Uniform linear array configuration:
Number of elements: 16
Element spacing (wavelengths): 0.75
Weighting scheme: kaiser
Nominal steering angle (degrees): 30
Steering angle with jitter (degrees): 31.724
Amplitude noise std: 0.05
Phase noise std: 0.05

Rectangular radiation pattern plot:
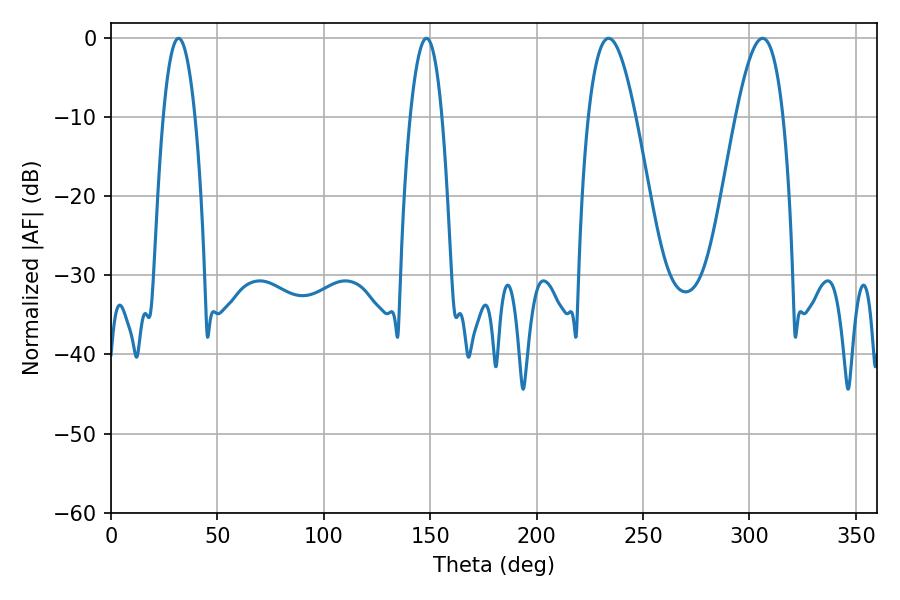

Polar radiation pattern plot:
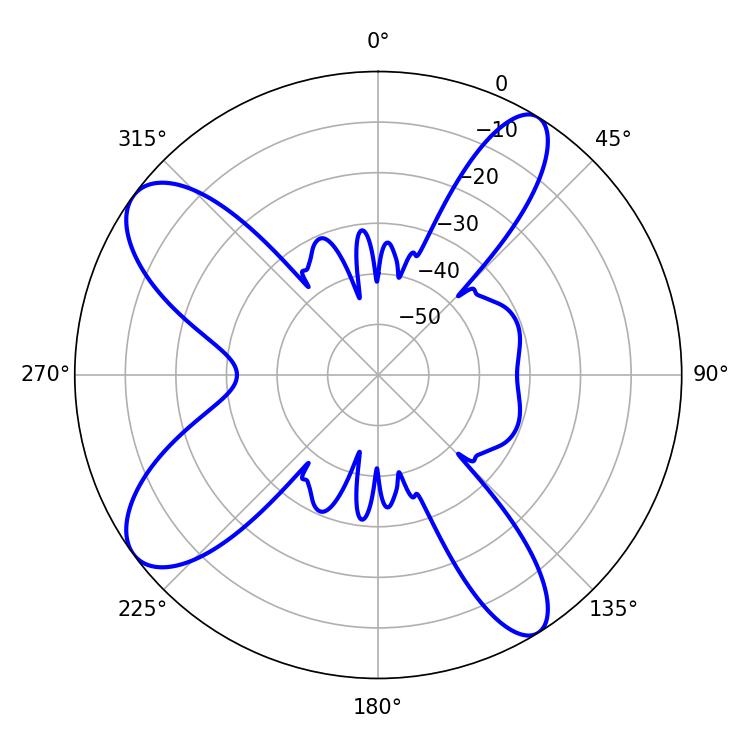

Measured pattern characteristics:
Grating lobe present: TRUE
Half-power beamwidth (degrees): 12.06
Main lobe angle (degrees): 233.82